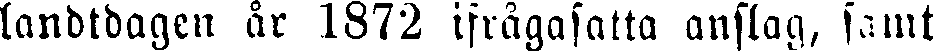
landtdagen år 1872 ifrågasatta anslag, samt